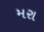
મરા